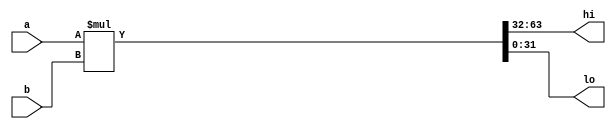
module mult_unit
#
(
  parameter N=32
)
(
  input[N-1:0] a,
  input[N-1:0] b,
  output[N-1:0] hi,
  output[N-1:0] lo
);

assign {hi,lo} = a * b;

endmodule